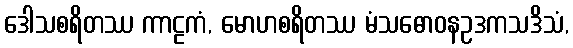
ဒေါသစရိတဿ ကာဠကံ, မောဟစရိတဿ မံသဓောဝနဥဒကသဒိသံ,